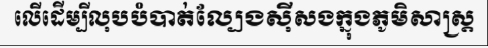
លើដើម្បីលុបបំបាត់ល្បែងស៊ីសងក្នុងភូមិសាស្ត្រ